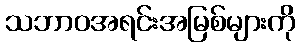
သဘာဝအရင်းအမြစ်များကို